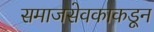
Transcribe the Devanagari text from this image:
समाजसेवकाकडून